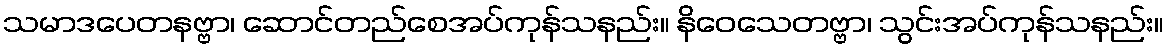
သမာဒပေတနဗ္ဗာ၊ ဆောင်တည်စေအပ်ကုန်သနည်း။ နိဝေသေတဗ္ဗာ၊ သွင်းအပ်ကုန်သနည်း။